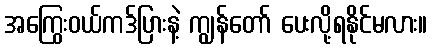
အကြွေးဝယ်ကဒ်ပြားနဲ့ ကျွန်တော် ပေးလို့ရနိုင်မလား။